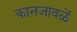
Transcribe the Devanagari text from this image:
कानजावळें